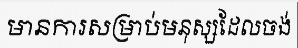
មានការសម្រាប់មនុស្សដែលចង់